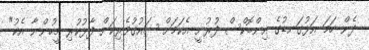
ދެން ހަމަ އަޅުގަނޑުގެ އިންބޮކްސް ފުރުނީ އެކަމަށް ޝައުގުވެރިކަން ފާޅުކުރި މީހުންނާ އެކު"